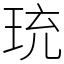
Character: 珫